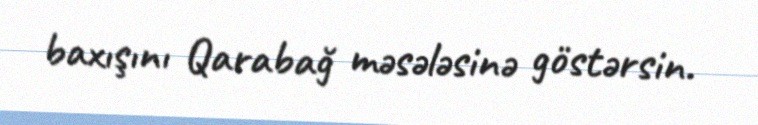
baxışını Qarabağ məsələsinə göstərsin.